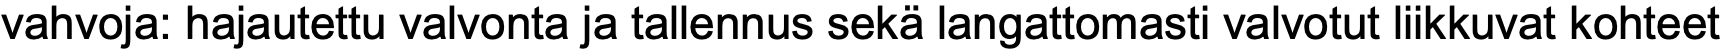
vahvoja: hajautettu valvonta ja tallennus sekä langattomasti valvotut liikkuvat kohteet